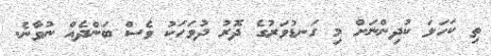
ތި ކަހަލަ ކުދިންނަށް މި ގަނޑުވަރުގެ ދޮރު ދުވަހަކު ވެސް ބަންދެއް ނުވާނެ.